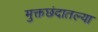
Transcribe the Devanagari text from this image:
मुक्तछंदातल्या